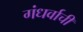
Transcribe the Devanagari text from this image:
गंधर्वाची